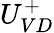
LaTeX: U_{VD}^{+}